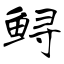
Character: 鲟